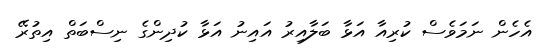
އެހެން ނަމަވެސް ކުރިއާ އަޅާ ބަލާއިރު އައިނު އަޅާ ކުދިންގެ ނިސްބަތް އިތުރޭ